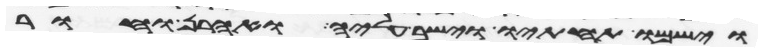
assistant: וישמו תחתיו וישב עליה ואהרן וחור